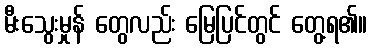
မီးသွေးမှုန် တွေလည်း မြေပြင်တွင် တွေ့ရ၏။